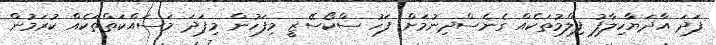
ފަދަ އާދަޔާހިލާފު ފިލްމުތަކެއް ގެނެސްދިނުމަށް ފަހު ސްކޯސޭޒީ މިފަހުން މިފަދަ މަސައްކަތްތަކެއް ކުރަމުން